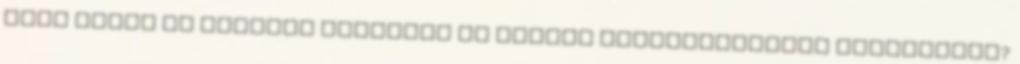
amit újból ki kellett javítani és melyik vonalszakaszra vonatkozik?